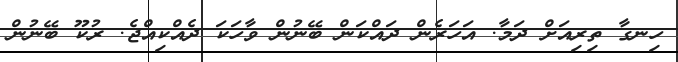
ހިނގާ ތިރިއަށް ދަމާ. އަހަރެން ދައްކަން ބޭނުން ވާހަކަ ދެއްކިއްޖެ. ރުކޫ ބޭނުން